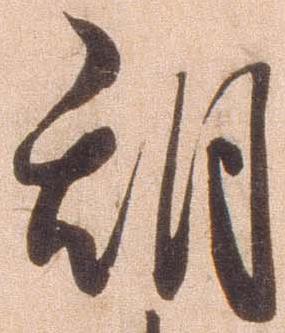
期